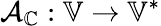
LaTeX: \mathcal{A}_{\mathbb{C}}:\mathbb{V}\to\mathbb{V}^{*}